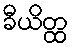
ခီယိတ္ထ